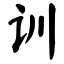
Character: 训